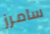
سامرز